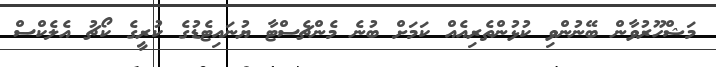
މަޝްހޫރުވާން ބޭނުންވި ކުޅުންތެރިއެއް ކަމަށް ބުނެ މެންޗެސްޓާ ޔުނައިޓެޑުގެ ކުރީގެ ކޯޗު އެލެކްސް